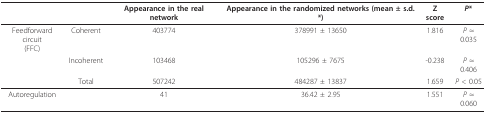
<table><thead><tr><td></td><td></td><td><b>Appearance in the real network</b></td><td><b>Appearance in the randomized networks (mean ± s.d.*)</b></td><td><b>Z score</b></td><td><b><i>P</i>*</b></td></tr></thead><tbody><tr><td>Feedforward circuit(FFC)</td><td>Coherent</td><td>403774</td><td>378991 ± 13650</td><td>1.816</td><td><i>P </i>≈ 0.035</td></tr><tr><td></td><td>Incoherent</td><td>103468</td><td>105296 ± 7675</td><td>-0.238</td><td><i>P </i>≈ 0.406</td></tr><tr><td></td><td>Total</td><td>507242</td><td>484287 ± 13837</td><td>1.659</td><td><i>P </i>&lt; 0.05</td></tr><tr><td>Autoregulation</td><td></td><td>41</td><td>36.42 ± 2.95</td><td>1.551</td><td><i>P </i>≈ 0.060</td></tr></tbody></table>